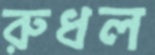
রুধল